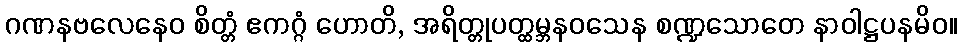
ဂဏနဗလေနေဝ စိတ္တံ ဧကဂ္ဂံ ဟောတိ, အရိတ္တုပတ္ထမ္ဘနဝသေန စဏ္ဍသောတေ နာဝါဋ္ဌပနမိဝ။